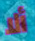
ألا